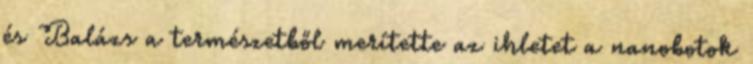
és Balázs a természetből merítette az ihletet a nanobotok